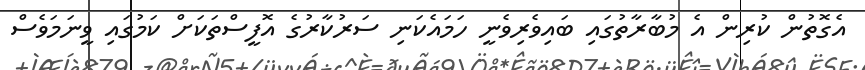
އެގޮތުން ކުރިން އެ މުބާރާތުގައި ބައިވެރިވެނީ ހަމައެކަނި ސަރުކާރުގެ އޮފީސްތަކަށް ކަމުގައި ވީނަމަވެސް